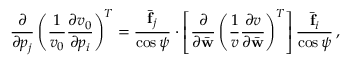
\frac { \partial } { \partial p _ { j } } \left( \frac { 1 } { v _ { 0 } } \frac { \partial v _ { 0 } } { \partial p _ { i } } \right) ^ { T } = \frac { \bar { \bf f } _ { j } } { \cos \psi } \cdot \left[ \frac { \partial } { \partial \bar { \bf w } } \left( \frac { 1 } { v } \frac { \partial v } { \partial \bar { \bf w } } \right) ^ { T } \right] \frac { \bar { \bf f } _ { i } } { \cos \psi } \, ,